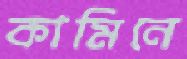
কামিনে